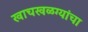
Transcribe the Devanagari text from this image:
खाचखळग्यांचा